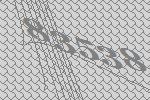
83538